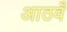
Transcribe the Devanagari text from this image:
आठवँ